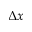
\Delta x